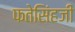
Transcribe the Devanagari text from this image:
फतेसिंहजी